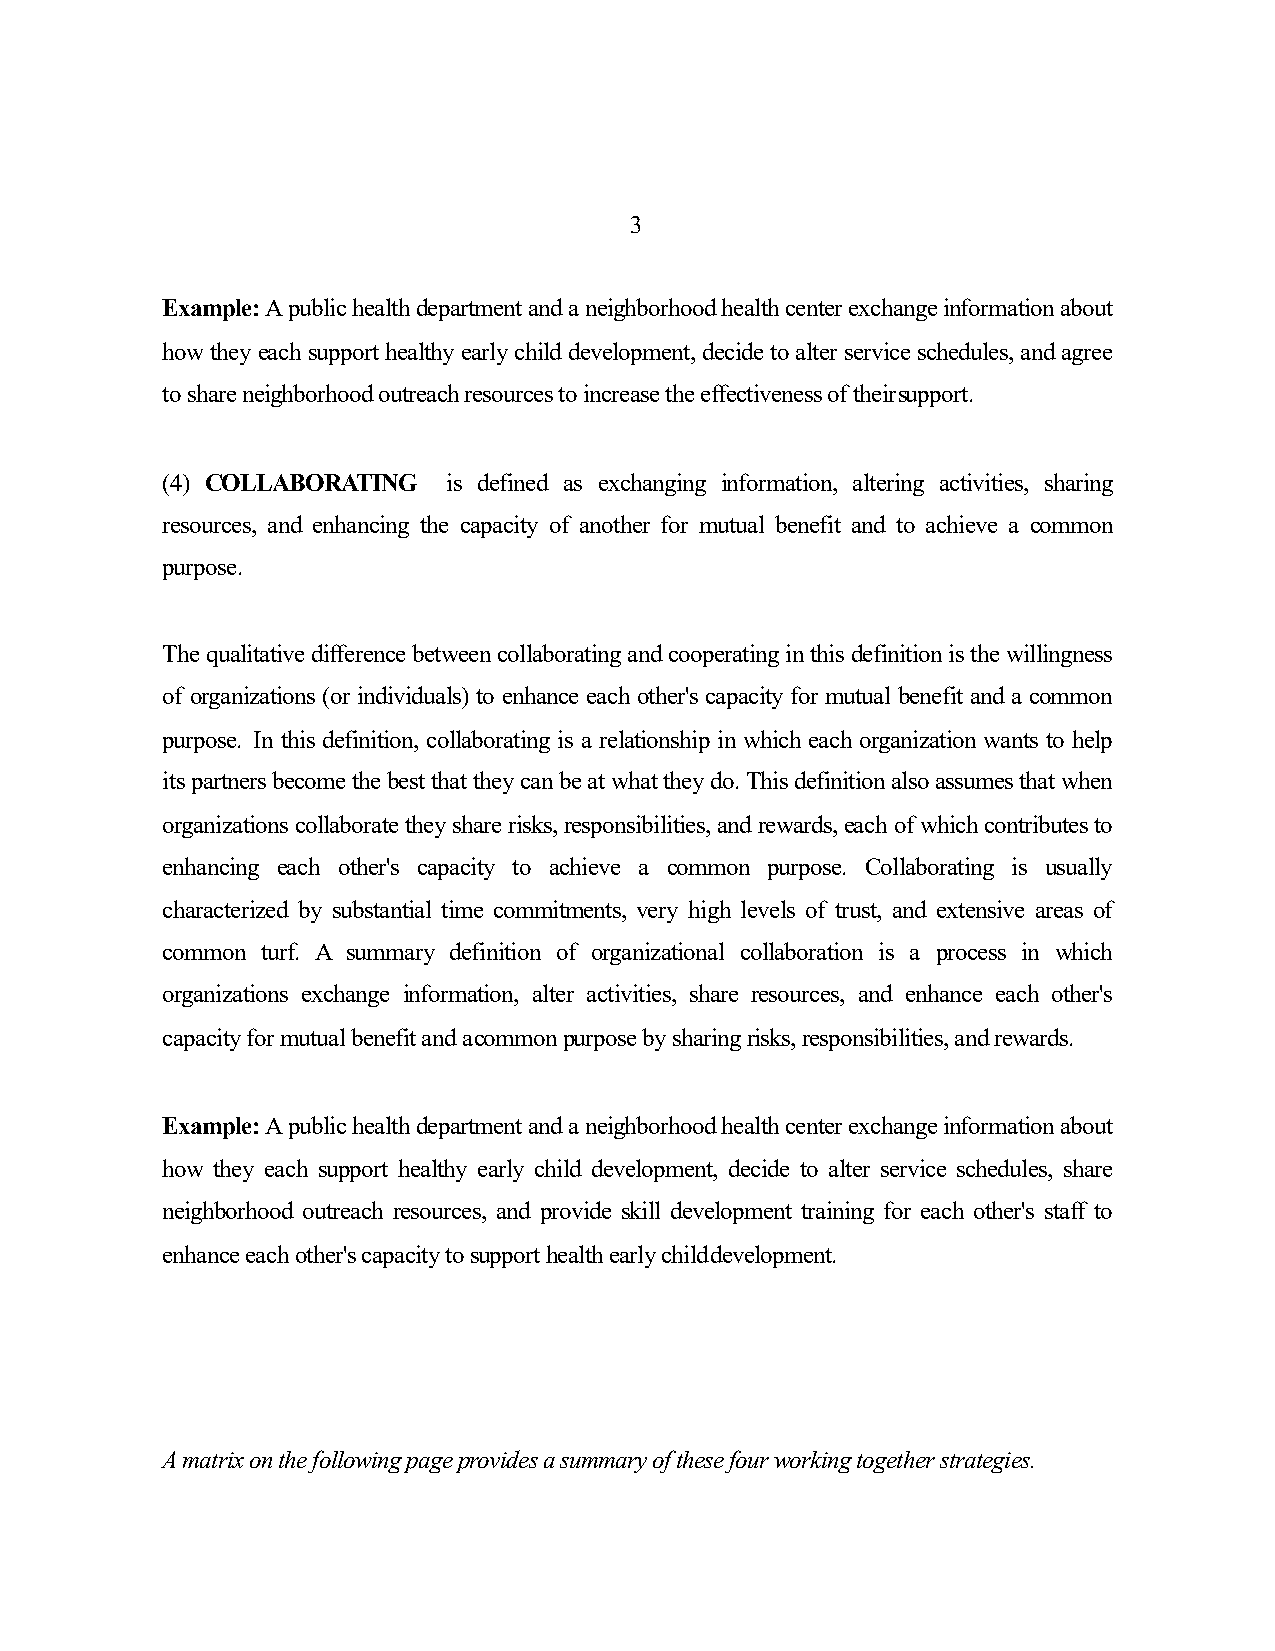
3
 Example:Apublichealthdepartmentandaneighborhoodhealthcenterexchangeinformationabout
 howtheyeachsupport healthyearlychilddevelopment,decidetoalterserviceschedules,andagree
 toshareneighborhoodoutreachresourcestoincreasetheeffectivenessoftheirsupport.
 (4) COLLABORATING  is defined as exchanging information, altering activities, sharing
 resources, and enhancing the capacity of another for mutual benefit and to achieve a common
 purpose.
 Thequalitativedifferencebetweencollaboratingandcooperatinginthisdefinitionisthewillingness
 of organizations (or individuals) to enhance each other's capacity for mutual benefit and a common
 purpose. In this definition, collaborating is a relationship in which each organization wants to help
 itspartnersbecomethebestthattheycanbeatwhattheydo.Thisdefinitionalsoassumesthatwhen
 organizationscollaboratetheysharerisks,responsibilities,andrewards,eachofwhichcontributesto
 enhancing each other's capacity to achieve a common purpose. Collaborating is usually
 characterized by substantial time commitments, very high levels of trust, and extensive areas of
 common turf. A summary definition of organizational collaboration is a process in which
 organizations exchange information, alter activities, share resources, and enhance each other's
 capacityformutualbenefitandacommonpurposebysharingrisks,responsibilities,andrewards.
 Example:Apublichealthdepartmentandaneighborhoodhealthcenterexchangeinformationabout
 how they each support healthy early child development, decide to alter service schedules, share
 neighborhood outreach resources, and provide skill development training for each other's staff to
 enhanceeachother'scapacitytosupporthealthearlychilddevelopment.
 Amatrixonthefollowingpageprovidesasummaryofthesefourworkingtogetherstrategies.